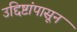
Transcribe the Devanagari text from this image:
उद्दिष्टांपासून